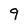
Character: 9